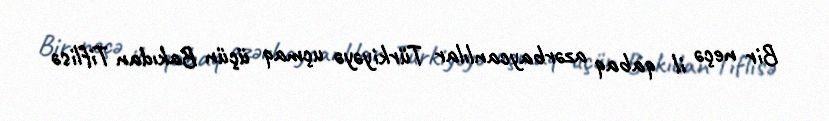
Bir neçə il qabaq azərbaycanlılar Türkiyəyə uçmaq üçün Bakıdan Tiflisə